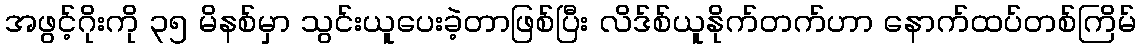
အဖွင့်ဂိုးကို ၃၅ မိနစ်မှာ သွင်းယူပေးခဲ့တာဖြစ်ပြီး လိဒ်စ်ယူနိုက်တက်ဟာ နောက်ထပ်တစ်ကြိမ်